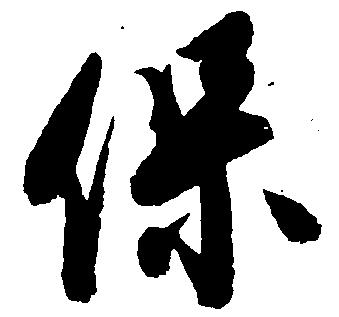
保